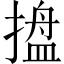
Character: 𭢋